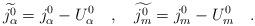
LaTeX: \begin{align*}\widetilde{j_\alpha ^0}=j_\alpha ^0-U_\alpha ^0\quad ,\quad \widetilde{j_m^0}=j_m^0-U_m^0\quad .\end{align*}